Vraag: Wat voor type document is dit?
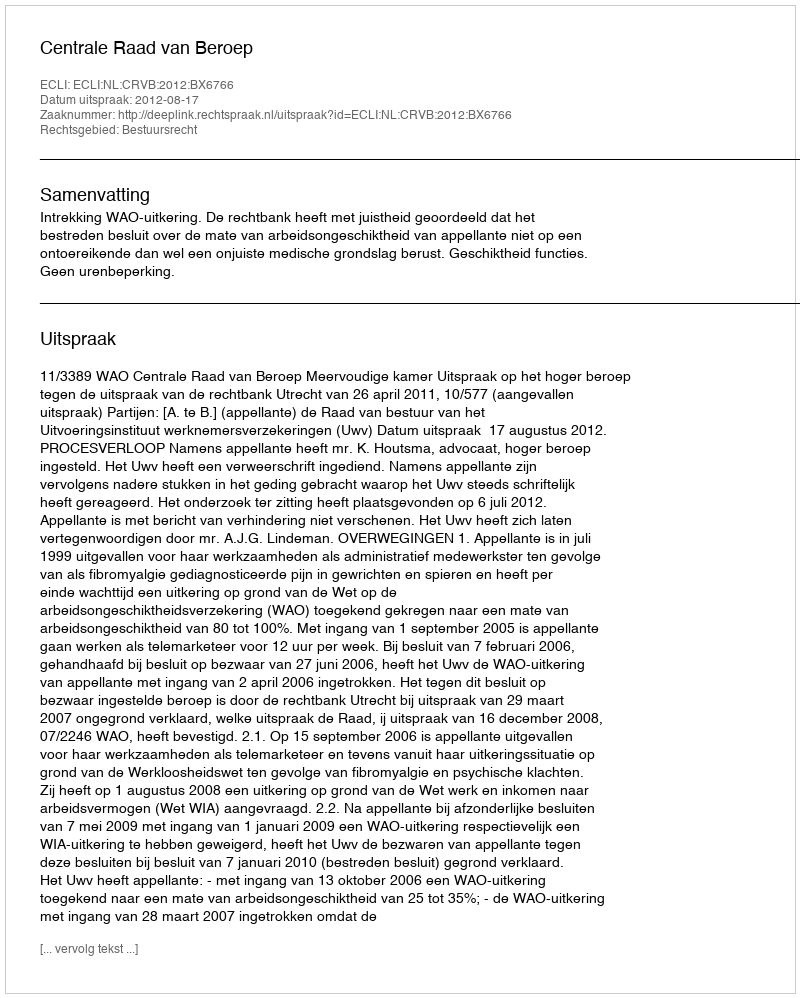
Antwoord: Uitspraak